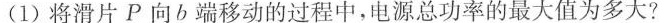
(1)将滑片P向b端移动的过程中，电源总功率的最大值为多大?